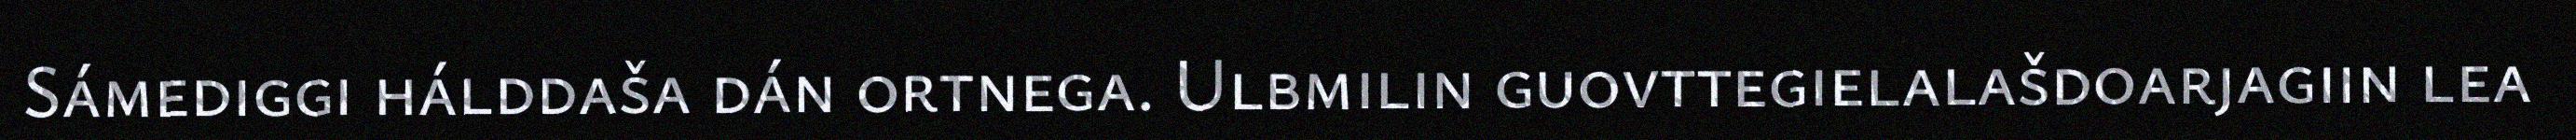
Sámediggi hálddaša dán ortnega. Ulbmilin guovttegielalašdoarjagiin lea